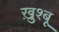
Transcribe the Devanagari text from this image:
ख़ुश्बू